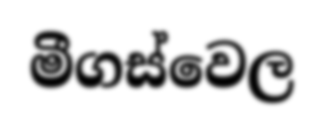
මීගස්වෙල